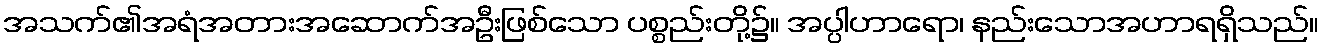
အသက်၏အရံအတားအဆောက်အဦးဖြစ်သော ပစ္စည်းတို့၌။ အပ္ပါဟာရော၊ နည်းသောအဟာရရှိသည်။